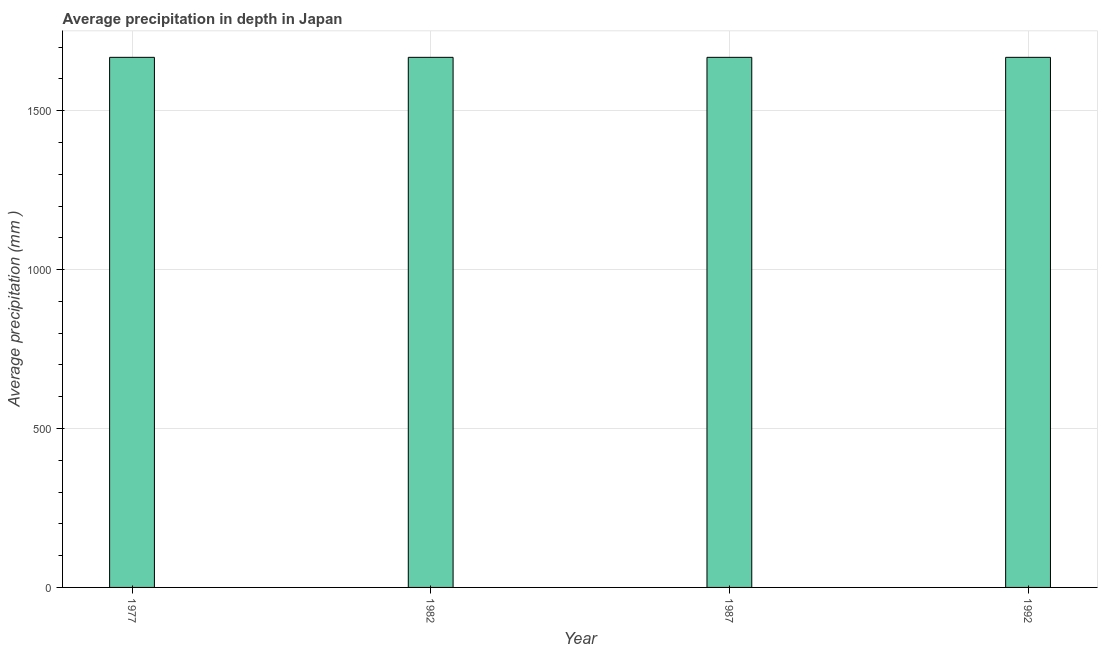
| Year | Average precipitation in depth |
 | --- | --- |
 | 1977 | 1.67e+03 |
 | 1982 | 1.67e+03 |
 | 1987 | 1.67e+03 |
 | 1992 | 1.67e+03 |